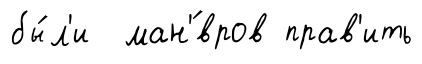
бы́л'и ман'́вров прав'ить